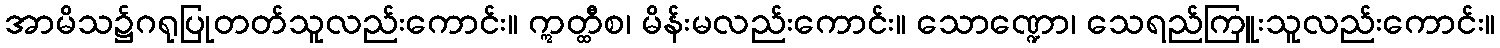
အာမိသ၌ဂရုပြုတတ်သူလည်းကောင်း။ ဣတ္ထီစ၊ မိန်းမလည်းကောင်း။ သောဏ္ဍော၊ သေရည်ကြူးသူလည်းကောင်း။